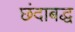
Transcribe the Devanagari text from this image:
छंदाबद्ध